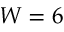
W = 6